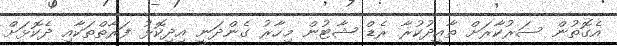
އެގޮތުން ސަރުކާރަށް ތާއީދުކުރާ ރެޑް ޝާޓުން މިހާރު ގެންދަނީ އިދިކޮޅު ފަރާތްތަކާއި ދެކޮޅަށް